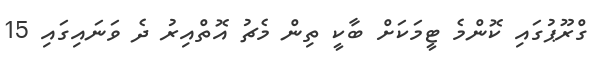
ގްރޫޕުގައި ކޮންމެ ޓީމަކަށް ބާކީ ތިން މެޗު އޮތްއިރު ދެ ވަނައިގައި 15